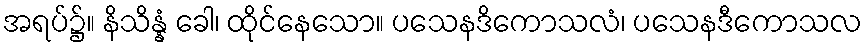
အရပ်၌။ နိသိန္နံ ခေါ၊ ထိုင်နေသော။ ပသေနဒိကောသလံ၊ ပသေနဒီကောသလ